Calcutta medical institutions reports 1871-78
Year: 1871
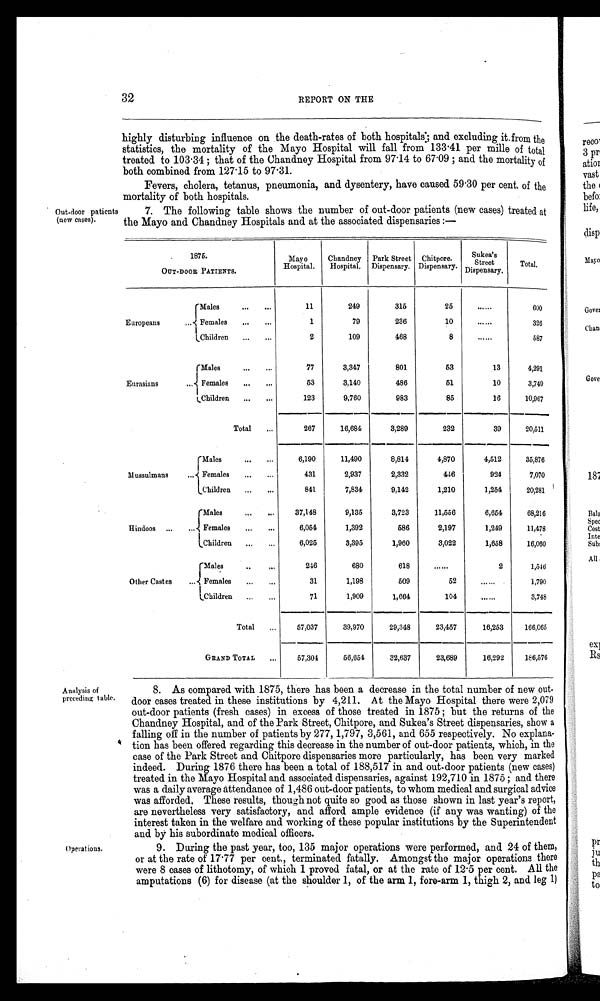
32
REPORT ON THE
Out-door patients
(new cases).
highly disturbing influence on the death-rates of both hospitals; and excluding it from the
statistics, the mortality of the Mayo Hospital will fall from 133·41 per mille of total
treated to 103·34; that of the Chandney Hospital from 97·14 to 67·09; and the mortality of
both combined from 127·15 to 97·31.
Fevers, cholera, tetanus, pneumonia, and dysentery, have caused 59·30 per cent. of the
mortality of both hospitals.
7. The following table shows the number of out-door patients (new cases) treated at
the Mayo and Chandney Hospitals and at the associated dispensaries:—
1875.
OUT-DOOR PATIENTS.
Mayo
Hospital.
Chandney
Hospital.
Park Street
Dispensary.
Chitpore.
Dispensary.
Sukea's
Street
Dispensary.
Total.
Europeans
...
Mal es . . . . . .
1 1
2 4 9
3 1 5
2 5
......
6 0 0
Females ... ...
1
7 9
2 3 6
1 0
......
3 2 6
Chi l dren . . . . . .
2
1 0 9
4 6 8
8
......
5 8 7
Eurasians
...
Mal es . . . . . .
7 7
3 , 3 4 7
8 0 1
5 3
1 3
4 , 2 9 1
Females ... ...
5 3
3 , 1 4 0
4 8 6
5 1
1 0
3 , 7 4 0
Chi l dren ... ...
1 2 3
9 , 7 6 0
9 8 3
8 5
1 6
1 0 , 9 6 7
T o t a l . . .
2 6 7
1 6 , 6 8 4
3 , 2 8 9
2 3 2
3 9
2 0 , 5 1 1
M u s s u l m a n s . . .
Mal es . . . . . .
6 , 1 9 0
1 1 , 4 9 0
8 , 8 1 4
4 , 8 7 0
4 , 5 1 2
3 5 , 8 7 6
Females ... ...
4 3 1
2 , 9 3 7
2 , 3 3 2
4 4 6
9 2 4
7 , 0 7 0
Children ... ...
8 4 1
7 , 8 3 4
9 , 1 4 2
1 , 2 1 0
1 , 2 5 4
2 0 , 2 8 1
Hindoos ... ...
Mal es . . . . . .
3 7 , 1 4 8
9 , 1 3 5
3 , 7 2 3
1 1 , 5 5 6
6 , 6 5 4
6 8 , 2 1 6
Females ... ...
6 , 0 5 4
1 , 3 9 2
5 8 6
2 , 1 9 7
1 , 2 4 9
1 1 , 4 7 8
Chi l dren ... ...
6 , 0 2 5
3 , 3 9 5
1 , 9 6 0
3 , 0 2 2
1 , 6 5 8
1 6 , 0 6 0
O t h e r C a s t e s . . .
Mal es . . . . . .
2 4 6
6 8 0
6 1 8
......
2
1 , 5 4 6
Females ... ...
3 1
1 , 1 9 8
5 0 9
5 2
......
1 , 7 9 0
Children ... ...
7 1
1 , 9 0 9
1 , 6 6 4
1 0 4
......
3 , 7 4 8
T o t a l . . .
5 7 , 0 3 7
3 9 , 9 7 0
2 9 , 3 4 8
2 3 , 4 5 7
1 6 , 2 5 3
1 6 6 , 0 6 5
G R A N D T O T A L . . .
5 7 , 3 0 4
5 6 , 6 5 4
3 2 , 6 3 7
2 3 , 6 8 9
1 6 , 2 9 2
1 8 6 , 5 7 6
Analysis of
preceding table.
Operations.
8. As compared with 1875, there has been a decrease in the total number of new out
- d o o r c a s e s t r e a t e d i n t h e s e i n s t i t u t i o n s b y 4 , 2 1 1 . A t t h e M a y o H o s p i t a l t h e r e w e r e 2 , 0 7 9
out-door patients (fresh cases) in excess of those treated in 1875; but the returns of the
Chandney Hospital, and of the Park Street, Chitpore, and Sukea's Street dispensaries, show a
falling off in the number of patients by 277, 1,797, 3,561, and 655 respectively. No explana
-tion has been offered regarding this decrease in the number of out-door patients, which, in the
case of the Park Street and Chitpore dispensaries more particularly, has been very marked
indeed. During 1876 there has been a total of 188,517 in and out-door patients (new cases)
treated in the Mayo Hospital and associated dispensaries, against 192,710 in 1875; and there
was a daily average attendance of 1,486 out-door patients, to whom medical and surgical advice
was afforded. These results, though not quite so good as those shown in last year's report,
are nevertheless very satisfactory, and afford ample evidence (if any was wanting) of the
interest taken in the welfare and working of these popular institutions by the Superintendent
and by his subordinate medical officers.
9. During the past year, too, 135 major operations were performed, and 24 of them,
or at the rate of 17·77 per cent., terminated fatally. Amongst the major operations there
were 8 cases of lithotomy, of which 1 proved fatal, or at the rate of 12·5 per cent. All the
amputations (6) for disease (at the shoulder 1, of the arm 1, fore-arm 1, thigh 2, and leg 1)